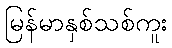
မြန်မာနှစ်သစ်ကူး